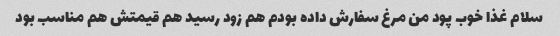
سلام غذا خوب پود من مرغ سفارش داده بودم هم زود رسید هم قیمتش هم مناسب بود